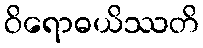
ဝိရောဓယိဿတိ